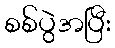
စစ်ပွဲအပြီး